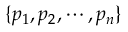
\{ p _ { 1 } , p _ { 2 } , \cdots , p _ { n } \}